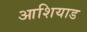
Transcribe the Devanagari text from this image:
आशियाड